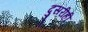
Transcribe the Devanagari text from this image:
दुसरीही